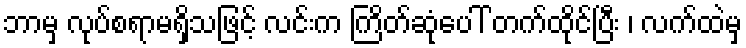
ဘာမှ လုပ်စရာမရှိသဖြင့် လင်းက ကြိတ်ဆုံပေါ် တက်ထိုင်ပြီး ၊ လက်ထဲမှ